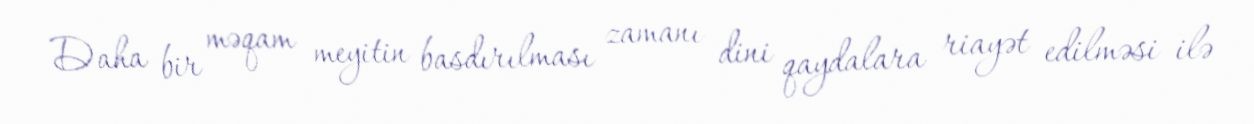
Daha bir məqam meyitin basdırılması zamanı dini qaydalara riayət edilməsi ilə